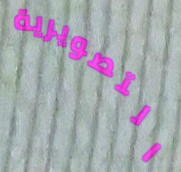
التصويرية